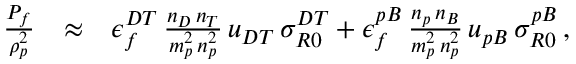
\begin{array} { r l r } { \frac { P _ { f } } { \rho _ { p } ^ { 2 } } } & { \approx } & { \epsilon _ { f } ^ { D T } \, \frac { n _ { D } \, n _ { T } } { m _ { p } ^ { 2 } \, n _ { p } ^ { 2 } } \, u _ { D T } \, \sigma _ { R 0 } ^ { D T } + \epsilon _ { f } ^ { p B } \, \frac { n _ { p } \, n _ { B } } { m _ { p } ^ { 2 } \, n _ { p } ^ { 2 } } \, u _ { p B } \, \sigma _ { R 0 } ^ { p B } \, , } \end{array}